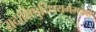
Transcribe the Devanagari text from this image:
यदाक्षिषुर्दिधयमंमश्वा